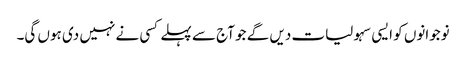
نوجوانوں کو ایسی سہولیات دیں گے جو آج سے پہلے کسی نے نہیں دی ہوں گی۔